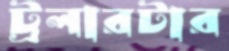
ট্রলারটার